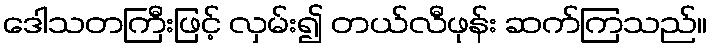
ဒေါသတကြီးဖြင့် လှမ်း၍ တယ်လီဖုန်း ဆက်ကြသည်။